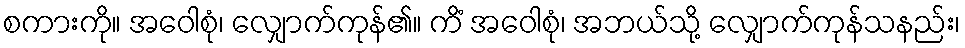
စကားကို။ အဝေါစုံ၊ လျှောက်ကုန်၏။ ကိံ အဝေါစုံ၊ အဘယ်သို့ လျှောက်ကုန်သနည်း၊